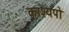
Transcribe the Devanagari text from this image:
काश्यपो